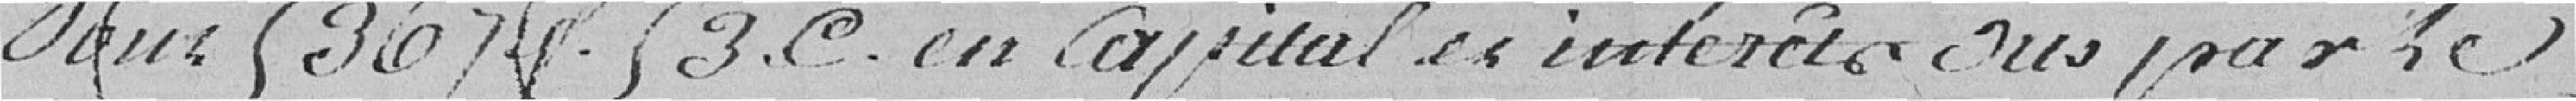
Dans 53674 3 C en capitales intérêts sus par le